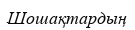
Шошақтардың